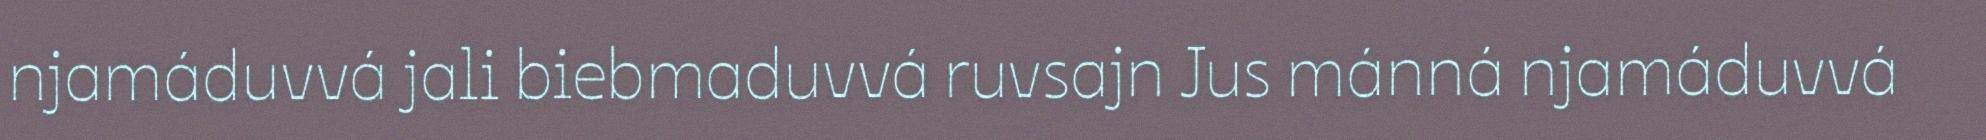
njamáduvvá jali biebmaduvvá ruvsajn Jus mánná njamáduvvá